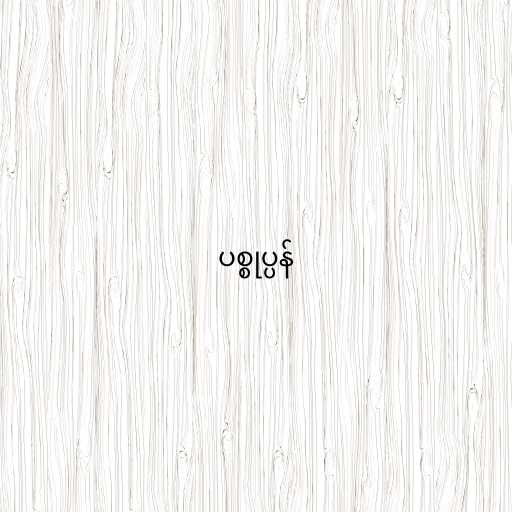
ပစ္စုပ္ပန်